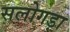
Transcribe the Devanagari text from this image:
सलोगड़ा